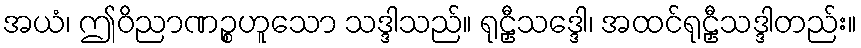
အယံ၊ ဤဝိညာဏဉ္စဟူသော သဒ္ဒါသည်။ ရုဠှီသဒ္ဒေါ၊ အထင်ရုဠှီသဒ္ဒါတည်း။